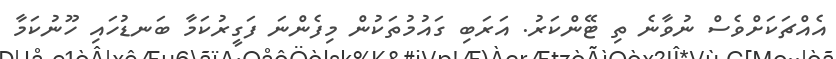
އެއްޗަކަށްވެސް ނުވާނެ ތި ޓޭންކަރު. އަރަބި ގައުމުތަކުން މިފެންނަ ފަގީރުކަމާ ބަނޑުހައި ހޫނުކަމާ